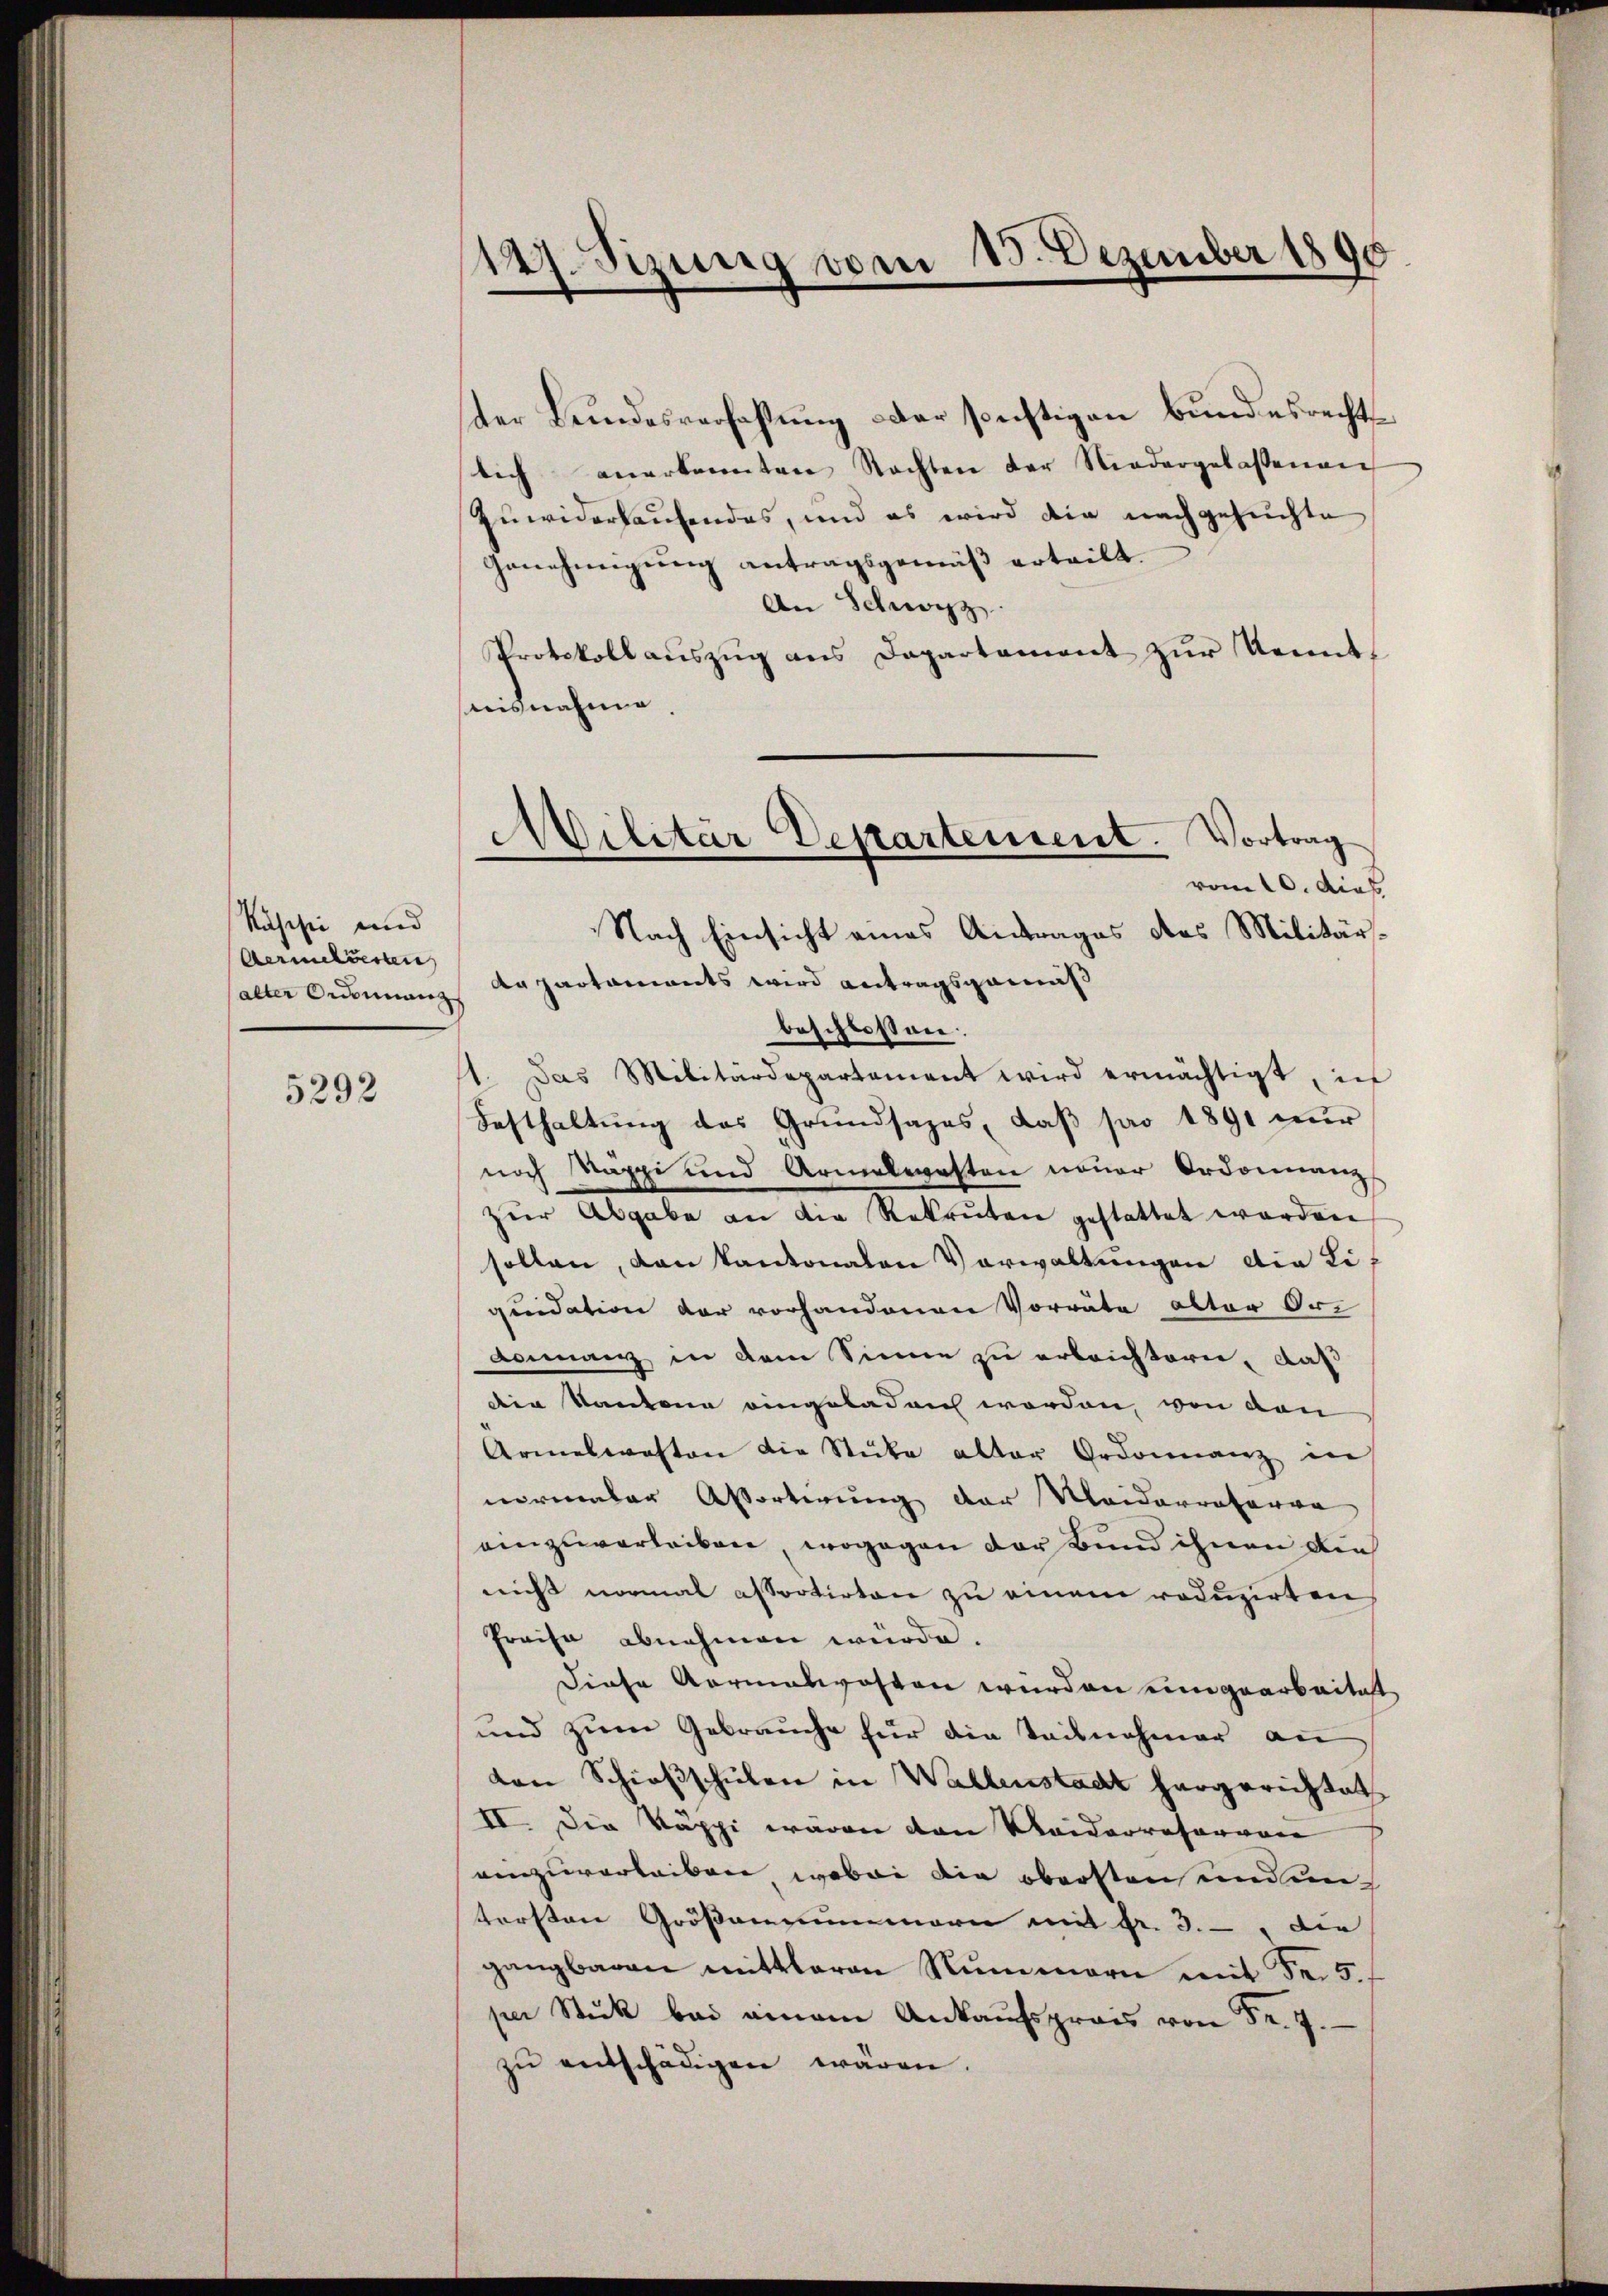
Käsisie und
Aermeldenen

5292

147. Sizung vom 15. Dezember 1890

ster Bundesverfassung oder sonstigen Bundesrechts
lich anerkannten Nachten der Niedergelassenen
Zuwiderlaufendes, und es wird die nachgesuchte
Genehmigung antragsgemäß erteilt.
An Schwyz
Protokollauszug aus Departament zur Kennt,
uisnahme
vom 10. dies
Nach Einsicht eines Antrages des Militäralter Ordinanz Repartaments wird antragsgemäß
beschlossen:
Das Militärdepartament wird ermächtigt, in
.
Festhaltung des Grundsazes, daß pro 1891 nur
noch Rappi und Armelasten neuer Ordonnanz
zŭr Abgabe an die Rekruten gestattet worden
sollen, dan kantonalen Verwaltungen die Liquidation der vorhandenen Vorräte alter Ori
Finanz in dem Sinne zu erbrichtern, daß
die Kantone eingeladen worden, von den
Armelwahten die Stücke alter Ordonnanz in
normaler Abortirung der Meiderratoren
einzuverleiben, wogegen der Bund ihnen die
nicht normal essortirten zu einem reduzirten
Preise abnehmen würde.
Diese vormalwosten wurden ein gearbeitet
und zum Gebrauche für die Teilnehmer an
von Schießschulen in Wallenstadt hergerichtet
II. Die Käppi waren den Seiderrasorvon
venzuverleiben, wobei die obersten und un
tersten Größannummern mit Fr. 3., die
gangbaren mittleren Nummern mit Fr. 5.
per Stuck bei einem Ankaŭfspreis von Fr. 7.
zŭ entschädigen wären.

Militär Departement. Vortrag